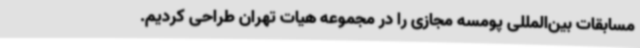
مسابقات بین‌المللی پومسه مجازی را در مجموعه هیات تهران طراحی کردیم.